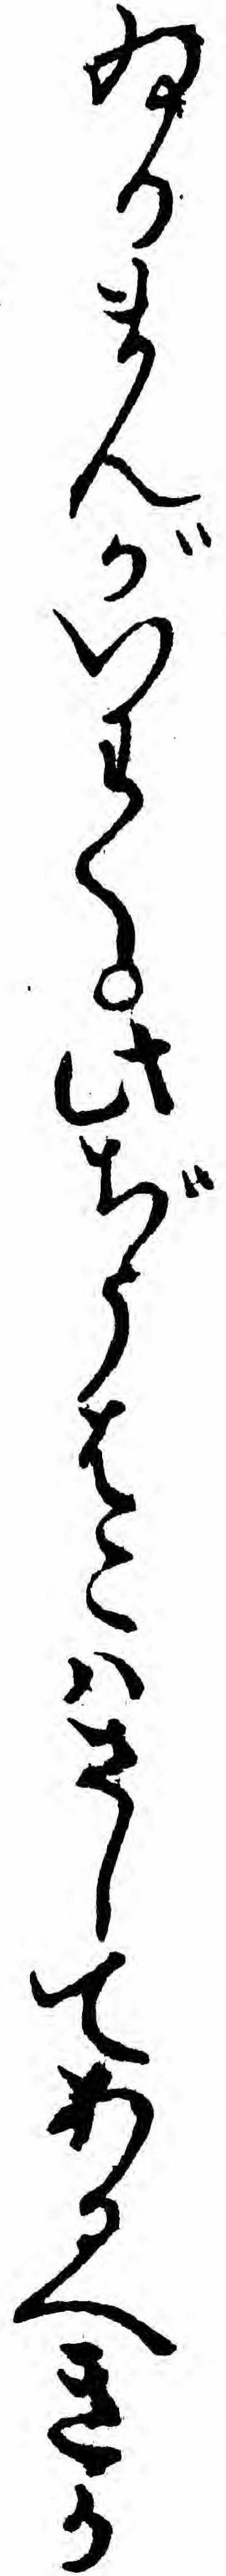
ゐるまんがいわく此ぢうはこハさしてあるへきか